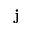
\mathbf { j }